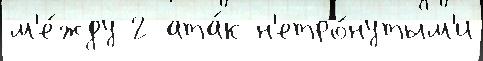
м'е́жду 2 ата́к н'етро́нутым'и